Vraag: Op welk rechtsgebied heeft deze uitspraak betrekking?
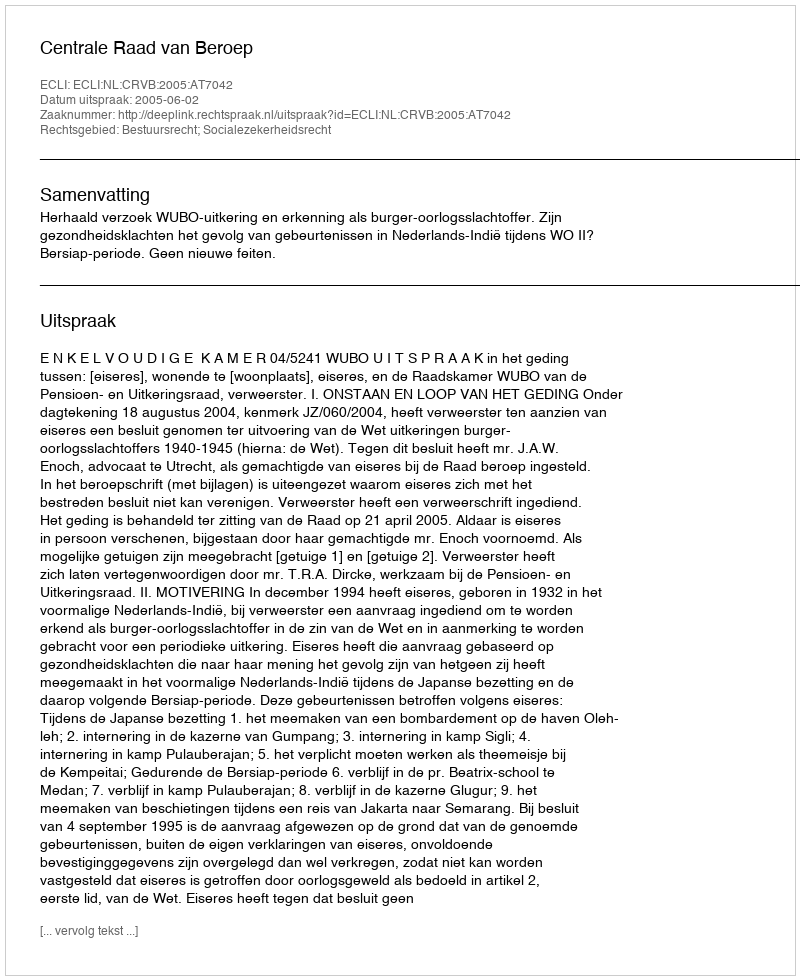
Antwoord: Bestuursrecht; Socialezekerheidsrecht